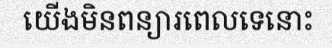
យើងមិនពន្យារពេលទេនោះ